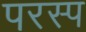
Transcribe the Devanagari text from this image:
परस्प